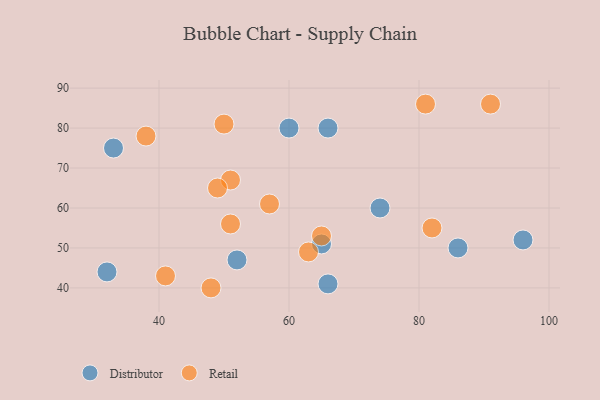
{"axis": {"x": "GDP", "y": "Life Expectancy"}, "legend": ["Distributor", "Retail"], "data": [{"x": "66", "y": 80, "type": "Distributor"}, {"x": "52", "y": 47, "type": "Distributor"}, {"x": "66", "y": 41, "type": "Distributor"}, {"x": "33", "y": 75, "type": "Distributor"}, {"x": "60", "y": 80, "type": "Distributor"}, {"x": "96", "y": 52, "type": "Distributor"}, {"x": "65", "y": 51, "type": "Distributor"}, {"x": "32", "y": 44, "type": "Distributor"}, {"x": "86", "y": 50, "type": "Distributor"}, {"x": "74", "y": 60, "type": "Distributor"}, {"x": "81", "y": 86, "type": "Retail"}, {"x": "63", "y": 49, "type": "Retail"}, {"x": "50", "y": 81, "type": "Retail"}, {"x": "57", "y": 61, "type": "Retail"}, {"x": "91", "y": 86, "type": "Retail"}, {"x": "51", "y": 67, "type": "Retail"}, {"x": "38", "y": 78, "type": "Retail"}, {"x": "49", "y": 65, "type": "Retail"}, {"x": "82", "y": 55, "type": "Retail"}, {"x": "48", "y": 40, "type": "Retail"}, {"x": "41", "y": 43, "type": "Retail"}, {"x": "65", "y": 53, "type": "Retail"}, {"x": "51", "y": 56, "type": "Retail"}]}